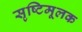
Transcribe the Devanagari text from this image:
सृष्टिमूलक